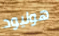
هوليود